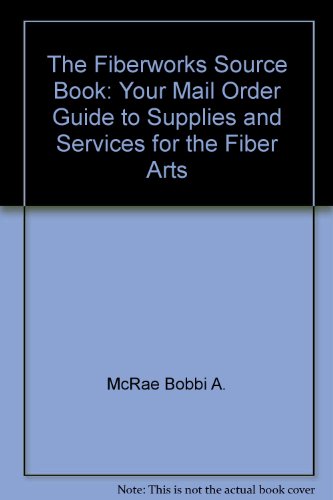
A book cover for The fiberworks source book: Your mail order guide to supplies and services for the fiber arts; Bobbi A McRae; Crafts, Hobbies & Home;